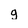
Character: g